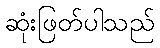
ဆုံးဖြတ်ပါသည်